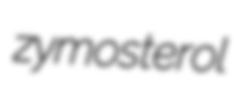
zymosterol